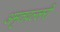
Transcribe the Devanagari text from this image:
अमृतवल्लरी